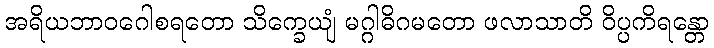
အရိယဘာဝဂေါစရတော သိက္ခေယျံ မဂ္ဂါဓိဂမတော ဖလာသာတိ ဝိပ္ပကိရန္တော